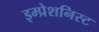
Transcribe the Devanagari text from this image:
इम्प्रेशनिस्ट